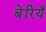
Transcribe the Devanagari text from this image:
बेरियँ